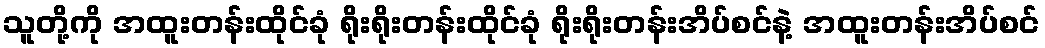
သူတို့ကို အထူးတန်းထိုင်ခုံ ရိုးရိုးတန်းထိုင်ခုံ ရိုးရိုးတန်းအိပ်စင်နဲ့ အထူးတန်းအိပ်စင်